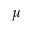
\mu